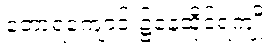
တောရကျောင်း၌နေထိုင်ရကျိုး